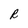
Character: R